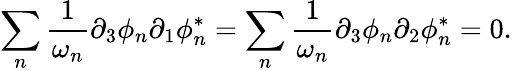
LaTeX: \sum_{n}\frac{1}{\omega_{n}}\partial_{3}\phi_{n}\partial_{1}\phi_{n}^{*}=\sum_{n}\frac{1}{\omega_{n}}\partial_{3}\phi_{n}\partial_{2}\phi_{n}^{*}=0.